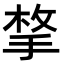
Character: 𭡋